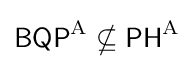
{\mathsf {BQP}}^{\mathrm {A} }\nsubseteq {\mathsf {PH}}^{\mathrm {A} }